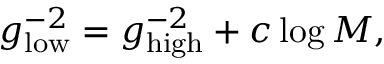
g _ { \mathrm { l o w } } ^ { - 2 } = g _ { \mathrm { h i g h } } ^ { - 2 } + c \log M ,